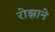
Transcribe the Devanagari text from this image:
रोझाने